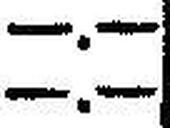
—.—